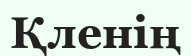
Қленің